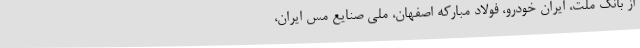
از بانک ملت، ایران خودرو، فولاد مبارکه اصفهان، ملی صنایع مس ایران،